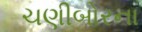
ચણીબોરના